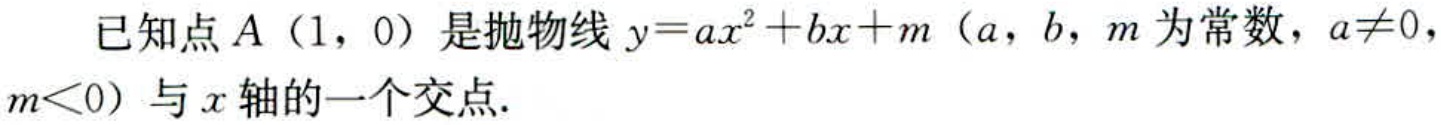
已知点\(A（1，0）\)是抛物线\(y = ax^{2}+bx + m\)（\(a\)，\(b\)，\(m\)为常数，\(a\neq0\)，\(m<0\)）与\(x\)轴的一个交点.